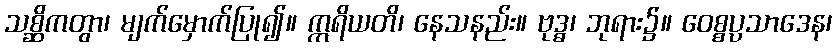
သစ္ဆိကတွာ၊ မျက်မှောက်ပြု၍။ ဣရိယတိ၊ နေသနည်း။ ဗုဒ္ဓ၊ ဘုရား၌။ ဝေစ္စပ္ပသာဒေန၊